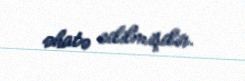
əhatə edilmişdir.